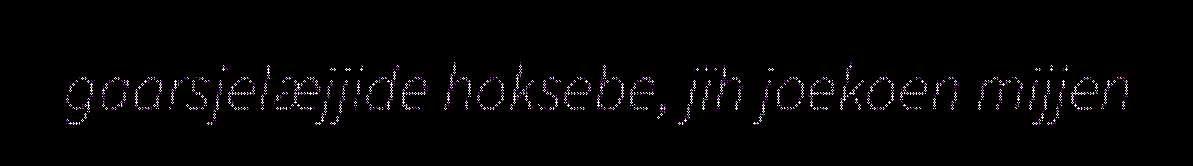
gaarsjelæjjide hoksebe, jïh joekoen mijjen